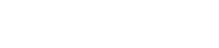
မင်း ထီပေါက်လို့လား။